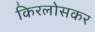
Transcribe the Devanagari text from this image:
किरलोसकर